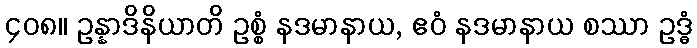
၄၀၈။ ဥန္နာဒိနိယာတိ ဥစ္စံ နဒမာနာယ, ဧဝံ နဒမာနာယ စဿာ ဥဒ္ဓံ